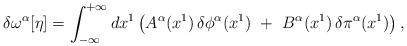
LaTeX: \begin{align*}\delta \omega ^{\alpha} [\eta] = \int_{- \infty}^{+ \infty} dx^{1} \left( A^{\alpha}(x^{1}) \,\delta \phi ^{\alpha} (x^{1})\,\,+\,\,B ^{\alpha}(x^{1})\,\delta \pi ^{\alpha}(x^{1}) \right),\end{align*}